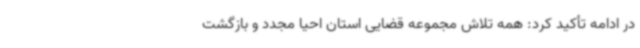
در ادامه تأکید کرد: همه تلاش مجموعه قضایی استان احیا مجدد و بازگشت